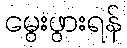
မွေးဖွားရန်